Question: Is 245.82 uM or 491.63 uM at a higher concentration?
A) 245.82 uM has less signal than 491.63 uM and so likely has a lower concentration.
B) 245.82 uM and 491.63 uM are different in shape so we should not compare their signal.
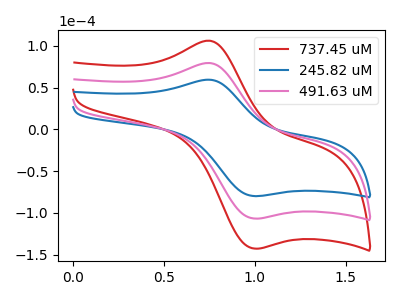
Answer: <think>The red curve "737.45 uM" has an anodic peak at (0.75V, 158.80uA) and a cathodic peak at (1.00V, -213.60uA). The blue curve "245.82 uM" has an anodic peak at (0.75V, 59.40uA) and a cathodic peak at (1.00V, -79.90uA). The pink curve "491.63 uM" has an anodic peak at (0.75V, 79.40uA) and a cathodic peak at (1.00V, -106.80uA).
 All the peaks in "245.82 uM" have a peak in "491.63 uM" at the same potential. Every peak in "245.82 uM" is lower than every peak in "491.63 uM".</think>
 <answer>A) "245.82 uM" has less signal than "491.63 uM" and so likely has a lower concentration.</answer>
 <eval>A</eval>